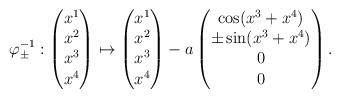
LaTeX: \begin{align*}\varphi_\pm^{-1}:\begin{pmatrix}x^1\\x^2\\x^3\\x^4\\\end{pmatrix}\mapsto\begin{pmatrix}x^1\\x^2\\x^3\\x^4\\\end{pmatrix}-a\begin{pmatrix}\cos(x^3+x^4)\\\pm\sin(x^3+x^4)\\0\\0\end{pmatrix}.\end{align*}